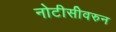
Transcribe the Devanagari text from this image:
नोटीसीवरुन